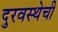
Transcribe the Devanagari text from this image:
दुरवस्थेची